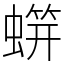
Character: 䗗